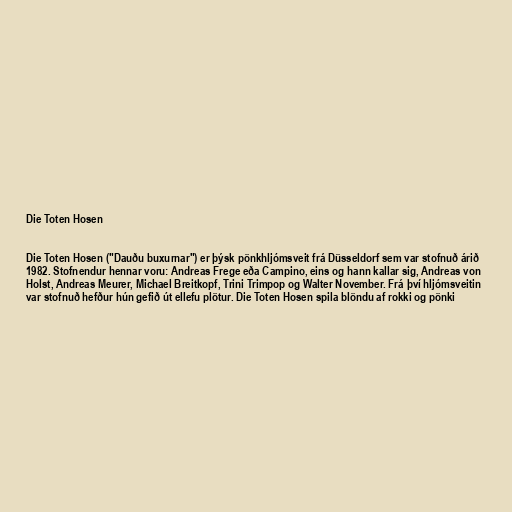
Die Toten Hosen

Die Toten Hosen ("Dauðu buxurnar") er þýsk pönkhljómsveit frá Düsseldorf sem var stofnuð árið
1982. Stofnendur hennar voru: Andreas Frege eða Campino, eins og hann kallar sig, Andreas von
Holst, Andreas Meurer, Michael Breitkopf, Trini Trimpop og Walter November. Frá því hljómsveitin
var stofnuð hefður hún gefið út ellefu plötur. Die Toten Hosen spila blöndu af rokki og pönki